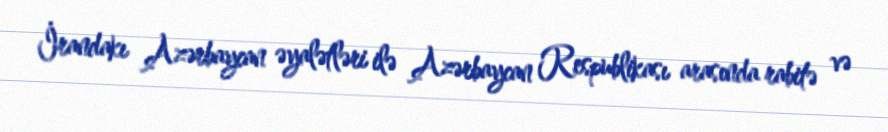
İrandakı Azərbaycan əyalətləri ilə Azərbaycan Respublikası arasında rabitə və